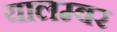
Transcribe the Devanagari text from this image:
यालम्बर